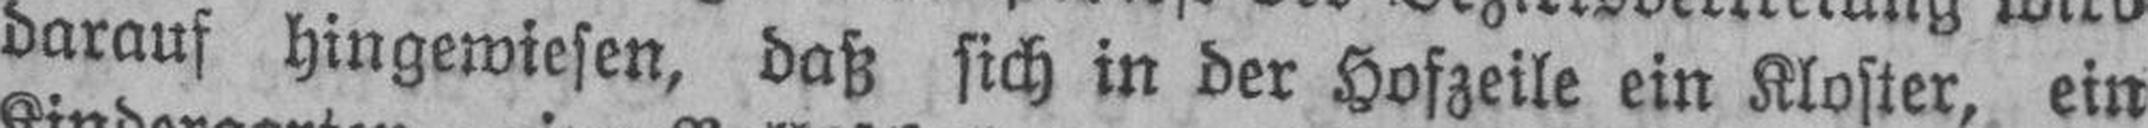
darauf hingewiesen, daß sich in der Hofzeile in Kloster, ein